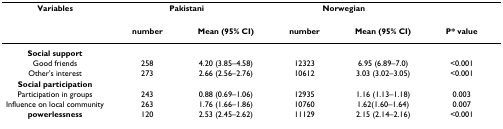
<table><thead><tr><td><b>Variables</b></td><td colspan="2"><b>Pakistani</b></td><td colspan="2"><b>Norwegian</b></td><td></td></tr><tr><td></td><td><b>number</b></td><td><b>Mean (95% CI)</b></td><td><b>number</b></td><td><b>Mean (95% CI)</b></td><td><b>P* value</b></td></tr></thead><tbody><tr><td><b>Social support</b></td><td></td><td></td><td></td><td></td><td></td></tr><tr><td>Good friends</td><td>258</td><td>4.20 (3.85–4.58)</td><td>12323</td><td>6.95 (6.89–7.0)</td><td>&lt;0.001</td></tr><tr><td>Other&#x27;s interest</td><td>273</td><td>2.66 (2.56–2.76)</td><td>10612</td><td>3.03 (3.02–3.05)</td><td>&lt;0.001</td></tr><tr><td><b>Social participation</b></td><td></td><td></td><td></td><td></td><td></td></tr><tr><td>Participation in groups</td><td>243</td><td>0.88 (0.69–1.06)</td><td>12935</td><td>1.16 (1.13–1.18)</td><td>0.003</td></tr><tr><td>Influence on local community</td><td>263</td><td>1.76 (1.66–1.86)</td><td>10760</td><td>1.62(1.60–1.64)</td><td>0.007</td></tr><tr><td><b>powerlessness</b></td><td>120</td><td>2.53 (2.45–2.62)</td><td>11129</td><td>2.15 (2.14–2.16)</td><td>&lt;0.001</td></tr></tbody></table>